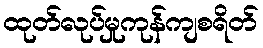
ထုတ်လုပ်မှုကုန်ကျစရိတ်